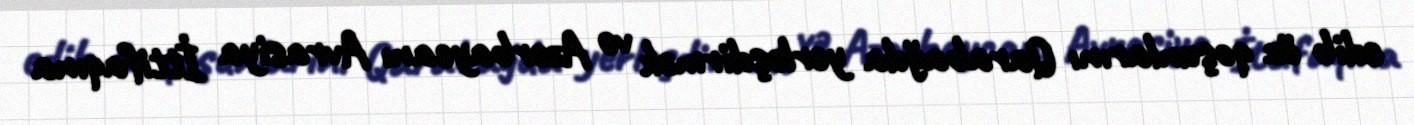
edib öz qoşunlarını Qarabağda yerləşdirmək və Azərbaycanı Avrasiya İttifaqına